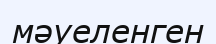
мәуеленген